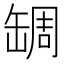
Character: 𦈺